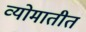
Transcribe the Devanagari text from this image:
व्योमातीतं